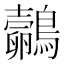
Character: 𪇄